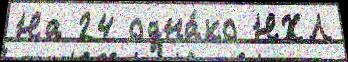
На 24 одна́ко НХЛ